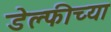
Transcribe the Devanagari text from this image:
डेल्फीच्या